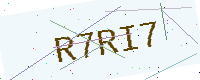
Text: R7RI7